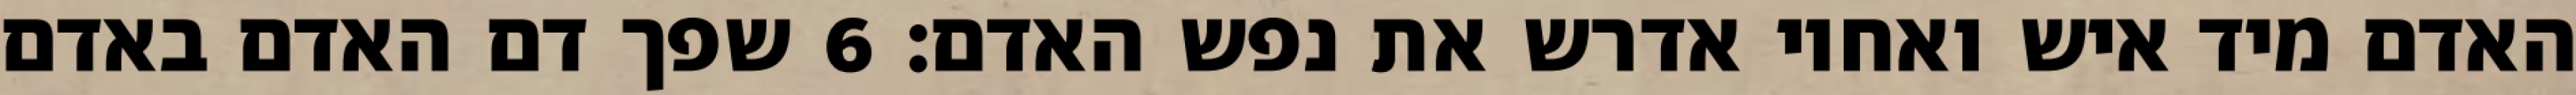
האדם מיד איש ואחיו אדרש את נפש האדם׃ ‎6‏ שפך דם האדם באדם